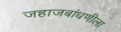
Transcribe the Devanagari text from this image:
जहाजबांधणीला